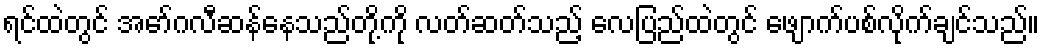
ရင်ထဲတွင် အော်ဂလီဆန်နေသည်တို့ကို လတ်ဆတ်သည့် လေပြည်ထဲတွင် ဖျောက်ပစ်လိုက်ချင်သည်။